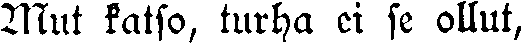
Mut katso, turha ei se ollut,